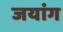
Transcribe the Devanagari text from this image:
जयांग